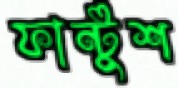
ফান্টুশ